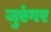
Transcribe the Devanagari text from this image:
जुएंगर